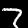
Digit: 7